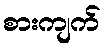
စားကျက်